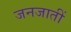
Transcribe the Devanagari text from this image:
जनजातीं